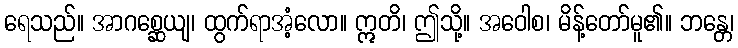
ရေသည်။ အာဂစ္ဆေယျ၊ ထွက်ရာအံ့လော။ ဣတိ၊ ဤသို့။ အဝေါစ၊ မိန့်တော်မူ၏။ ဘန္တေ၊